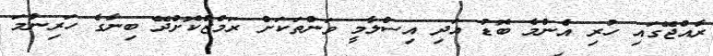
ރާއްޖޭގައި ހުރި އެންމެ ބޮޑު އަދި އިސްލާމީ ވަންތަކަށް ރަމްޒްކޮށްދޭ ބިނާގެ ހަރިންމަ